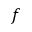
f